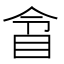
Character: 𥅍